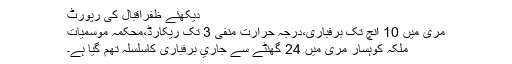
دیکھئے ظفراقبال کی رپورٹ
مری میں 10 انچ تک برفباری،درجہ حرارت منفی 3 تک ریکارڈ،محکمہ موسمیات
ملکہ کوہسار مری میں 24 گھنٹے سے جاري برفباری کاسلسلہ تھم گیا ہے۔